Leaving Certificate Examination, 1906
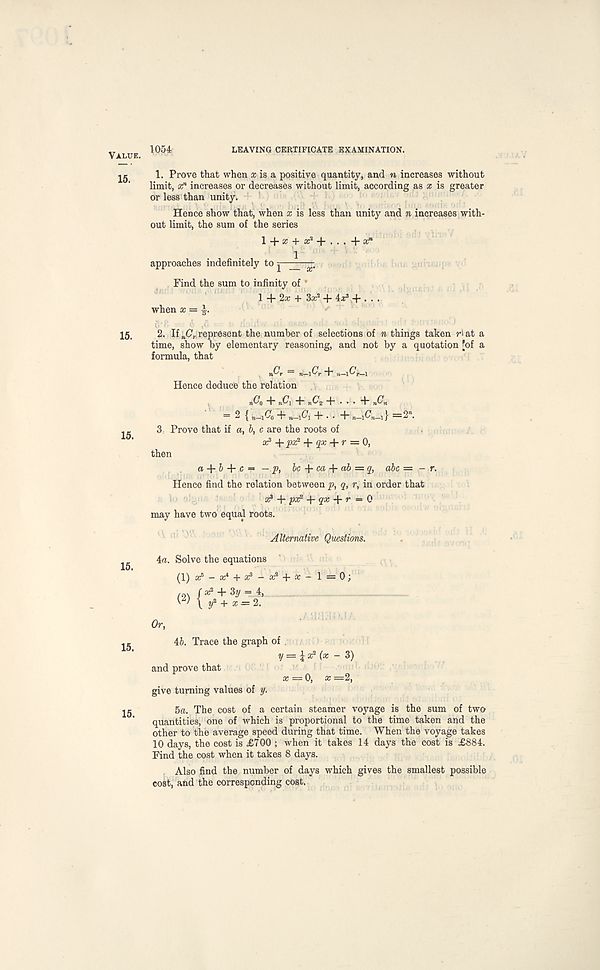
Value.
15.
15.
15.
15.
15.
15.
LEAVING CERTIFICATE EXAMINATION.
1. Prove that when a; is a positive quantity, and n increases without
limit, x n increases or decreases without limit, according as x is greater
or less than unity.
Hence show that, when x is less than unity and n increases with-
out limit, the sum of the series
1 + a; + a; 2 -f . . . + :c n
approaches indefinitely to ^ x .
Find the sum to infinity of
1 + 2* + 3a: 2 + ^ + . . .
when x = ^.
2. If n C r represent the number of selections of n things taken r\ at a
time, show by elementary reasoning, and not by a quotation [of a
formula, that
Hence deduce the relation
b C 0 + 7 A + „C' 2 +... -KC b
= 2{„_ 1 (7 0 + n _ 1 C 1 + .. + re _ 1 C n _ 1 }=2«.
3. Prove that if a, b, c are the roots of
ar* +px 2 + qx -{■ r = 0,
then
a + 6 -f c = — ^, be + ca + ab = q, abc = - r.
Hence find the relation between p, q, r, in order that
a? -b px? qx r — 0
may have two equal roots.
Alternative Questions.
4a. Solve the equations
(1) as 5 - a; 4 + a? - a^ + a: -
/ o\ / a: 2 + 3y = 4,
W \r? + x= 2.
Or,
46. Trace the graph of
and prove that
give turning values of y.
5a. The cost of a certain steamer voyage is the sum of two
quantities, one of which is proportional to the time taken and the
other to the average speed during that time. When the voyage takes
10 days, the cost is £700 ; when it takes 14 days the cost is £884.
Find the cost when it takes 8 days.
Also find the number of days which gives the smallest possible
cost, and the corresponding cost.
1 =0;
V = i z 2 (* - 3)
0, x =2,